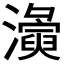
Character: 𭳛